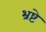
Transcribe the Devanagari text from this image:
भ्रष्टे